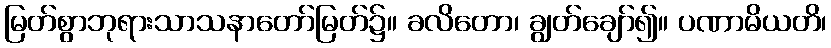
မြတ်စွာဘုရားသာသနာတော်မြတ်၌။ ခလိတော၊ ချွတ်ချော်၍။ ပဏာမိယတိ၊